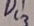
Text: Di3